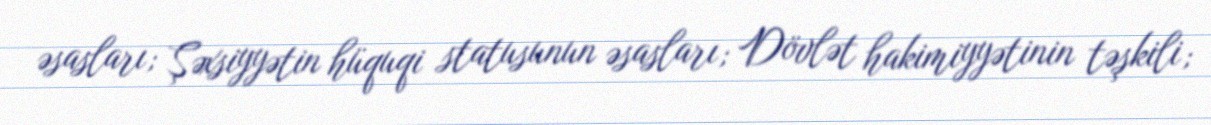
əsasları; Şəxsiyyətin hüquqi statusunun əsasları; Dövlət hakimiyyətinin təşkili;